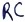
Text: RC